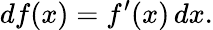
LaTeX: df(x)=f^{\prime}(x)\, dx.